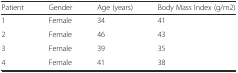
<table><thead><tr><td><b>Patient</b></td><td><b>Gender</b></td><td><b>Age (years)</b></td><td><b>Body Mass Index (g/m2)</b></td></tr></thead><tbody><tr><td>1</td><td>Female</td><td>34</td><td>41</td></tr><tr><td>2</td><td>Female</td><td>46</td><td>43</td></tr><tr><td>3</td><td>Female</td><td>39</td><td>35</td></tr><tr><td>4</td><td>Female</td><td>41</td><td>38</td></tr></tbody></table>